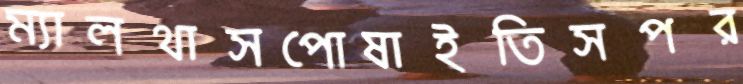
ম্যালথাসপোষাইতিসপর